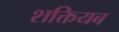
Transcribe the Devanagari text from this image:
शक्तियब